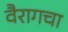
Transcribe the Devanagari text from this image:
वैरागचा